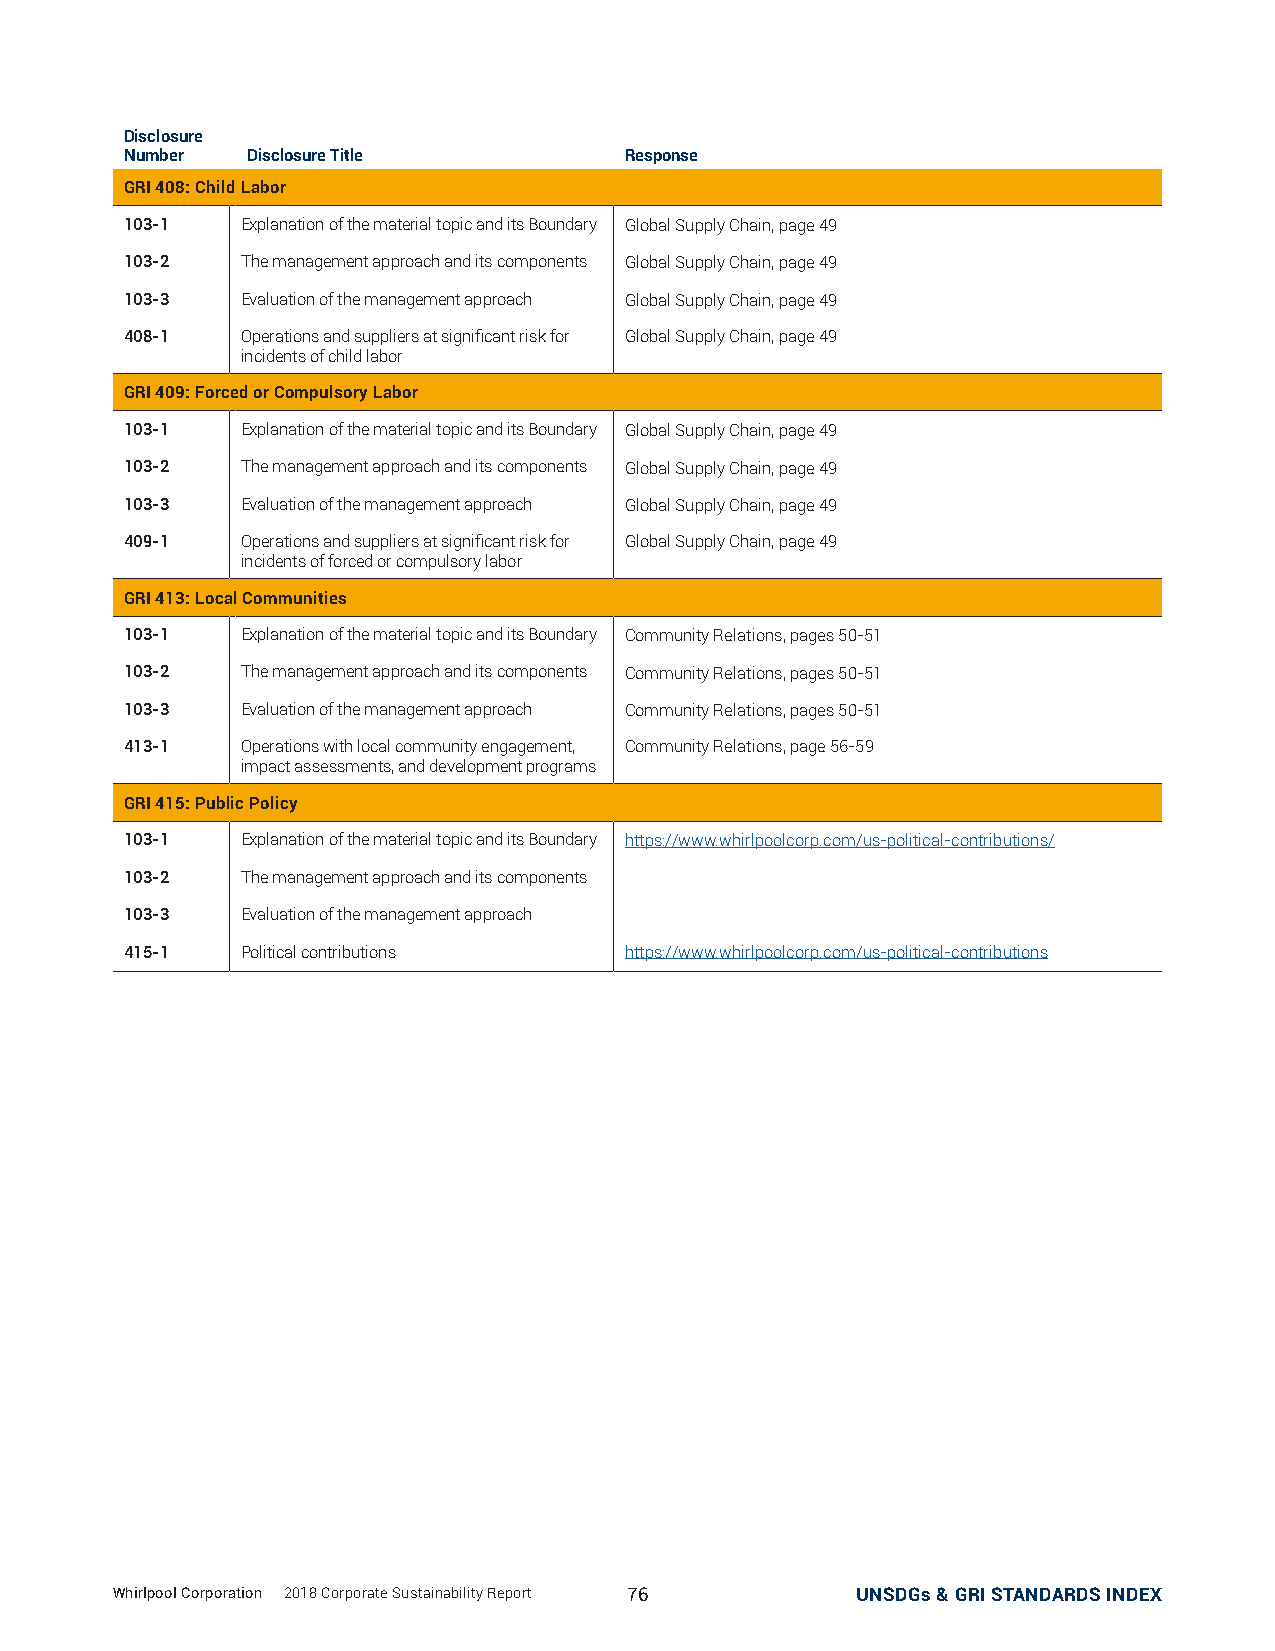
Disclosure
 Number  Disclosure Title         Response
 GRI 408: Child Labor
 103-1   Explanation of the material topic and its Boundary Global Supply Chain, page 49
 103-2   The management approach and its components Global Supply Chain, page 49
 103-3   Evaluation of the management approach Global Supply Chain, page 49
 408-1   Operations and suppliers at significant risk for Global Supply Chain, page 49
 incidents of child labor
 GRI 409: Forced or Compulsory Labor
 103-1   Explanation of the material topic and its Boundary Global Supply Chain, page 49
 103-2   The management approach and its components Global Supply Chain, page 49
 103-3   Evaluation of the management approach Global Supply Chain, page 49
 409-1   Operations and suppliers at significant risk for Global Supply Chain, page 49
 incidents of forced or compulsory labor
 GRI 413: Local Communities
 103-1   Explanation of the material topic and its Boundary Community Relations, pages 50-51
 103-2   The management approach and its components Community Relations, pages 50-51
 103-3   Evaluation of the management approach Community Relations, pages 50-51
 413-1   Operations with local community engagement, Community Relations, page 56-59
 impact assessments, and development programs
 GRI 415: Public Policy
 103-1   Explanation of the material topic and its Boundary https://www.whirlpoolcorp.com/us-political-contributions/
 103-2   The management approach and its components
 103-3   Evaluation of the management approach
 415-1   Political contributions  https://www.whirlpoolcorp.com/us-political-contributions
 Whirlpool Corporation | 2018 Corporate Sustainability Report 76 UNSDGs & GRI STANDARDS INDEX